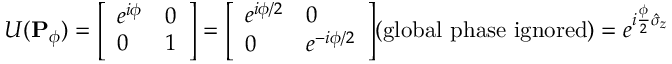
U ( \mathbf { P } _ { \phi } ) = { \left[ \begin{array} { l l } { e ^ { i \phi } } & { 0 } \\ { 0 } & { 1 } \end{array} \right] } = { \left[ \begin{array} { l l } { e ^ { i \phi / 2 } } & { 0 } \\ { 0 } & { e ^ { - i \phi / 2 } } \end{array} \right] } { \mathrm { ( g l o b a l ~ p h a s e ~ i g n o r e d ) } } = e ^ { i { \frac { \phi } { 2 } } { \hat { \sigma } } _ { z } }